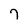
Character: 7